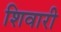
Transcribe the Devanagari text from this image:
शिवारी